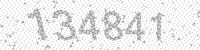
Solution: 134841